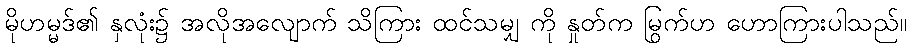
မိုဟမ္မဒ်၏ နှလုံး၌ အလိုအလျောက် သိကြား ထင်သမျှ ကို နှုတ်က မြွက်ဟ ဟောကြားပါသည်။